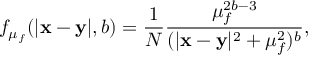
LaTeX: f _ { \mu _ { f } } ( | { \bf x - y } | , b ) = \frac { 1 } { N } \frac { \mu _ { f } ^ { 2 b - 3 } } { ( | { \bf x - y } | ^ { 2 } + \mu _ { f } ^ { 2 } ) ^ { b } } ,